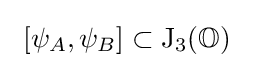
\ [\psi _{A},\psi _{B}]\subset \mathrm {J} _{3}(\mathbb {O} )\